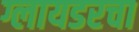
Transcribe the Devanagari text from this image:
ग्लायडरचा